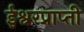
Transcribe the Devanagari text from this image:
ईश्वरप्राप्‍ती